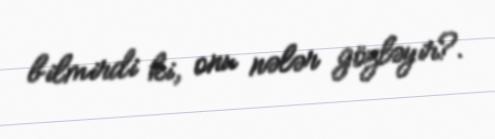
bilmirdi ki, onu nələr gözləyir?.